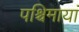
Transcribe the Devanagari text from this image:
पश्चिमायां